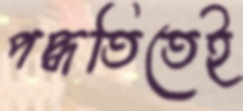
পদ্ধতিতেই